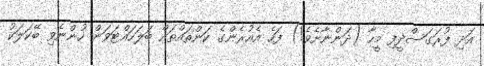
އަދި ފުރަގަސްދީފި މީހާ (ދަންނާށެވެ!) ފަހެ އެއުރެންގެ ކަންތައްތައް ބަލަހައްޓަވަން ހުންނެވި ބޭކަލަކު